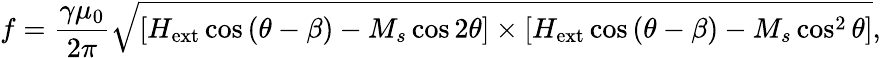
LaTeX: f=\frac{\gamma\mu_{0}}{2\pi}\sqrt{[{H_{\mathrm{ext}}\cos{(\theta-\beta)-M_{s}\cos{2\theta}}]}\times{[H_{\mathrm{ext}}\cos{(\theta-\beta)-M_{s}\cos^{2}{\theta}}}]},